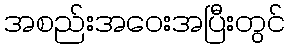
အစည်းအဝေးအပြီးတွင်